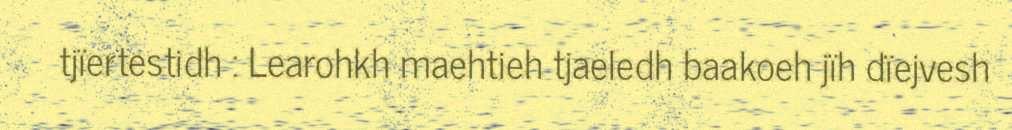
tjïertestidh : Learohkh maehtieh tjaeledh baakoeh jïh dïejvesh